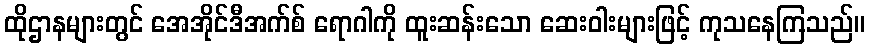
ထိုဌာနများတွင် အေအိုင်ဒီအက်စ် ရောဂါကို ထူးဆန်းသော ဆေးဝါးများဖြင့် ကုသနေကြသည်။